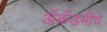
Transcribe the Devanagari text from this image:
अॅकॅडमीचे